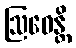
ဩဓေန္တိ